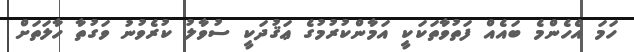
ހަމަ އެހެންމެ ބައެއް ފަތުވާތަކަކީ އަމާންކުރުމުގެ ޢަޤުދަކީ ސުވާލު ކުރެވުނު ވަގުތާ ހާލަތަށް